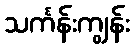
သင်္ကန်းကျွန်း